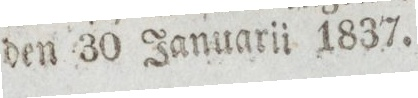
den 30 Januarii 1837.